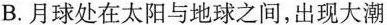
B.月球处在太阳与地球之间，出现大潮